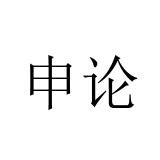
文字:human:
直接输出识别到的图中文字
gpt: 申论